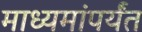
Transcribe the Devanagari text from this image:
माध्यमांपर्यंत